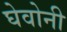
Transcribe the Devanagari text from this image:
घेवोनी